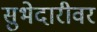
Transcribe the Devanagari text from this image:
सुभेदारीवर